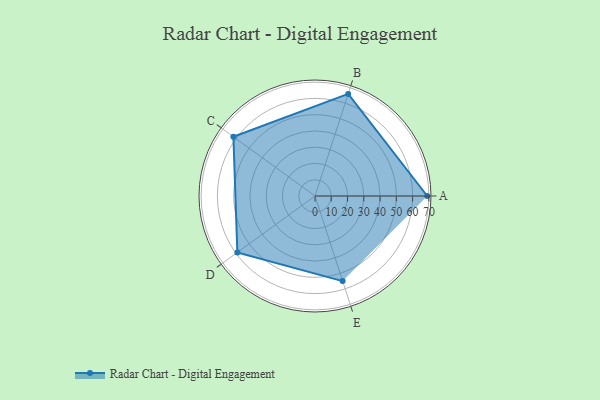
{"axis": {"x": "Skill", "y": "Score"}, "legend": ["Profile"], "data": [{"x": "A", "y": 69.0, "type": "Profile"}, {"x": "B", "y": 66.0, "type": "Profile"}, {"x": "C", "y": 62.0, "type": "Profile"}, {"x": "D", "y": 59.0, "type": "Profile"}, {"x": "E", "y": 55.0, "type": "Profile"}]}